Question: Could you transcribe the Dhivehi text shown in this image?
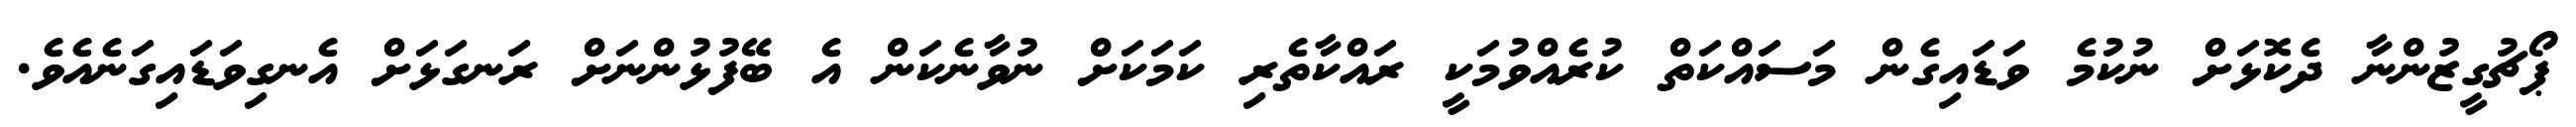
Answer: ޕޯޗުގީޒުންނާ ދެކޮޅަށް ނުކުމެ ވަޑައިގެން މަސައްކަތް ކުރެއްވުމަކީ ރައްކާތެރި ކަމަކަށް ނުވާނެކަން އެ ބޭފުޅުންނަށް ރަނގަޅަށް އެނގިވަޑައިގަނެއެވެ.